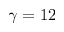
\gamma = 1 2